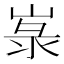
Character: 㟤